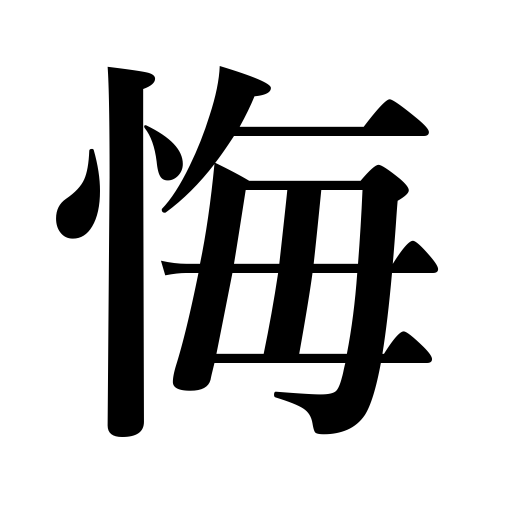
Meanings: mortifying,repend,regret,vexing,condole with,mourn for,regretable,repent of